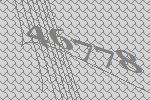
46778